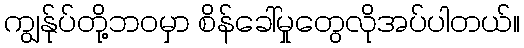
ကျွန်ုပ်တို့ဘဝမှာ စိန်ခေါ်မှုတွေလိုအပ်ပါတယ်။